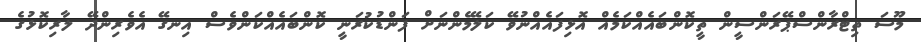
މޫސަ ތިޓްރާންސްޕޭރަންސީން ތީކޮންބައެއްކަމެއް އޮޅިފައެއްނުވޭ ކަލޭމެންނަށް ފަންޑުކުރަނީ ކޮންބައެއްކަންވެސް އިނގޭ އެވެރިންދޭ ލާރިކޮޅުގެ